65_HS1-834228961_62-HQ-83894_Section_4
Agency: FBI
Page 180
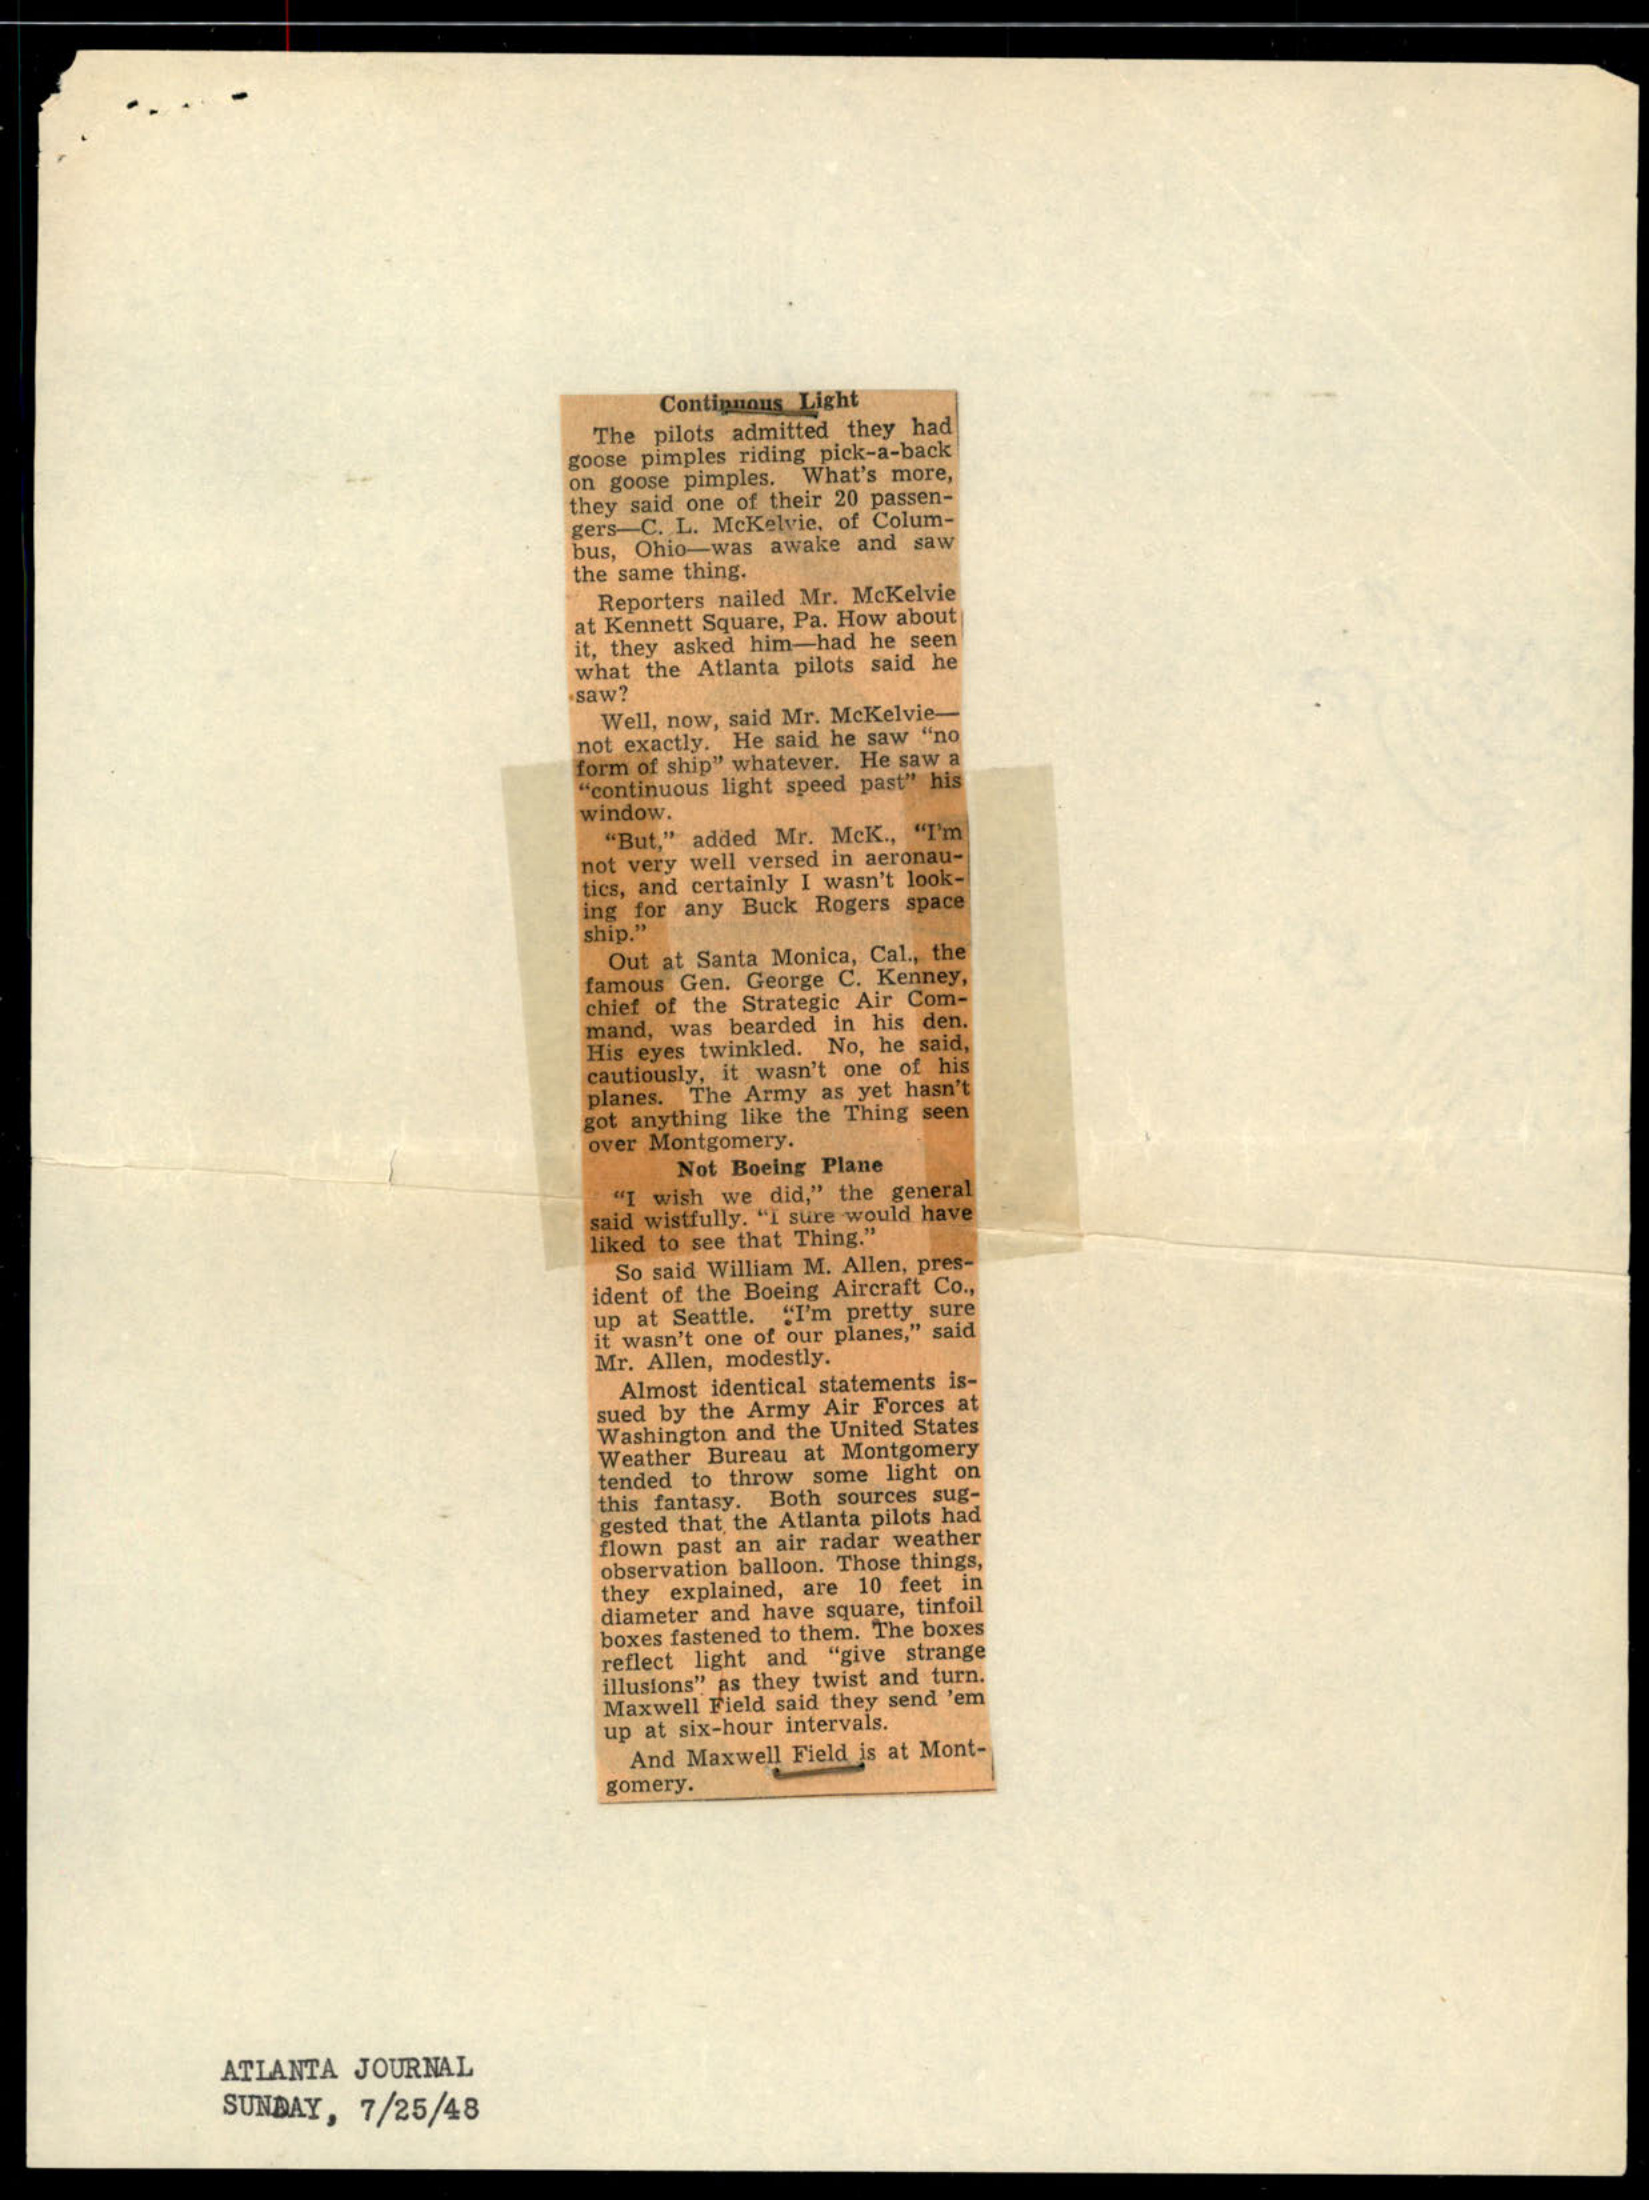